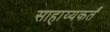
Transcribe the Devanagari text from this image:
साहाय्यकर्तं